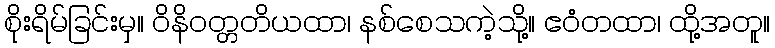
စိုးရိမ်ခြင်းမှ။ ဝိနိဝတ္တတိယထာ၊ နစ်စေသကဲ့သို့။ ဧဝံတထာ၊ ထို့အတူ။